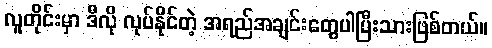
လူတိုင်းမှာ ဒီလို လုပ်နိုင်တဲ့ အရည်အချင်းတွေပါပြီးသားဖြစ်တယ်။